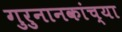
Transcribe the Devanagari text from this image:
गुरुनानकांच्या